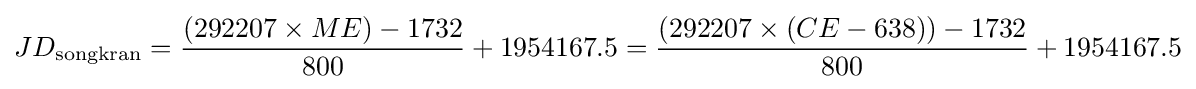
JD_{\mathrm {songkran} }={\frac {\left(292207\times ME\right)-1732}{800}}+1954167.5={\frac {\left(292207\times \left(CE-638\right)\right)-1732}{800}}+1954167.5